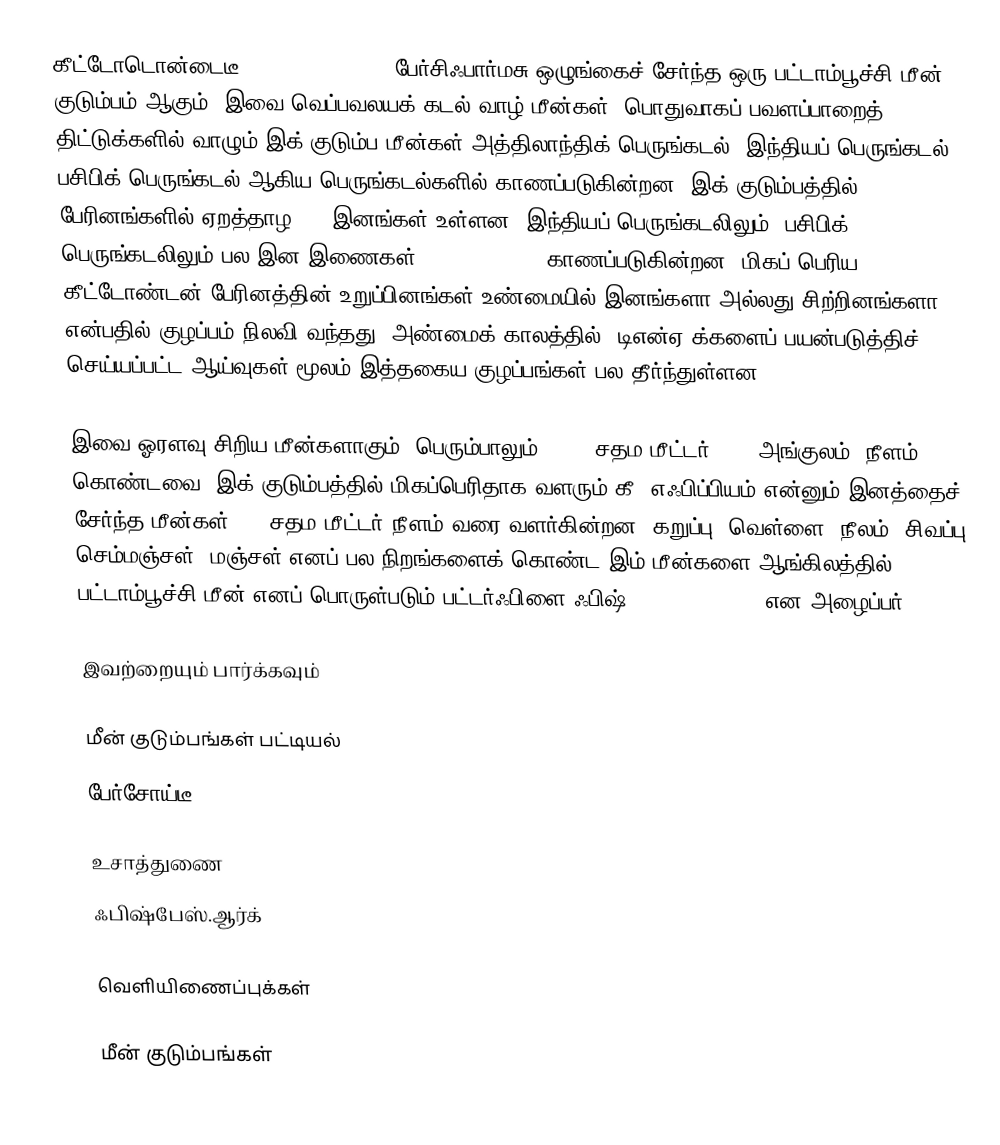
கீட்டோடொன்டைடீ (Chaetodontidae), பேர்சிஃபார்மசு ஒழுங்கைச் சேர்ந்த ஒரு பட்டாம்பூச்சி மீன்  குடும்பம் ஆகும். இவை வெப்பவலயக் கடல் வாழ் மீன்கள். பொதுவாகப் பவளப்பாறைத் திட்டுக்களில் வாழும் இக் குடும்ப மீன்கள் அத்திலாந்திக் பெருங்கடல், இந்தியப் பெருங்கடல், பசிபிக் பெருங்கடல் ஆகிய பெருங்கடல்களில் காணப்படுகின்றன. இக் குடும்பத்தில் 10 பேரினங்களில் ஏறத்தாழ 120 இனங்கள் உள்ளன. இந்தியப் பெருங்கடலிலும், பசிபிக் பெருங்கடலிலும் பல இன இணைகள் (Species pair) காணப்படுகின்றன. மிகப் பெரிய கீட்டோண்டன் பேரினத்தின் உறுப்பினங்கள் உண்மையில் இனங்களா அல்லது சிற்றினங்களா என்பதில் குழப்பம் நிலவி வந்தது. அண்மைக் காலத்தில், டிஎன்ஏ க்களைப் பயன்படுத்திச் செய்யப்பட்ட ஆய்வுகள் மூலம் இத்தகைய குழப்பங்கள் பல தீர்ந்துள்ளன.

இவை ஓரளவு சிறிய மீன்களாகும். பெரும்பாலும் 12-22 சதம மீட்டர் (7-9 அங்குலம்) நீளம் கொண்டவை. இக் குடும்பத்தில் மிகப்பெரிதாக வளரும் கீ. எஃபிப்பியம் என்னும் இனத்தைச் சேர்ந்த மீன்கள், 30 சதம மீட்டர் நீளம் வரை வளர்கின்றன. கறுப்பு, வெள்ளை, நீலம், சிவப்பு, செம்மஞ்சள், மஞ்சள் எனப் பல நிறங்களைக் கொண்ட இம் மீன்களை ஆங்கிலத்தில் பட்டாம்பூச்சி மீன் எனப் பொருள்படும் பட்டர்ஃபிளை ஃபிஷ் (butterflyfish) என அழைப்பர்.

இவற்றையும் பார்க்கவும்

 மீன் குடும்பங்கள் பட்டியல்
 பேர்சோய்டீ

உசாத்துணை
 ஃபிஷ்பேஸ்.ஆர்க்

வெளியிணைப்புக்கள்

மீன் குடும்பங்கள்